Lunatic asylums Punjab 1881-1894 - 1881-1894
Year: 1881
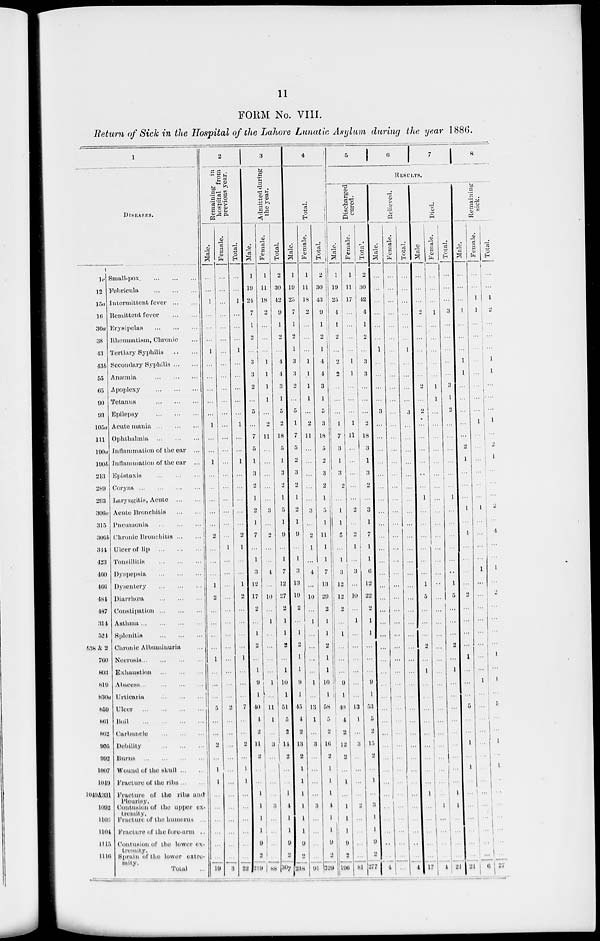
11
FORM No. VIII.
Return of Sick in the Hospital of the Lahore Lunatic Asylum during the year 1886.
1
DISEASES.
1c
12
15a
16
30a
38
43
43b
55
65
90
93
105a
111
190a
190b
213
289
293
306a
315
306b
344
423
460
466
484
487
314
524
538 & 2
760
803
819
830a
859
861
862
905
992
1007
1049
1049 & 331
1092
1103
1104
1115
1116
Small-pox.
...
...
...
Febricula
...
...
...
Intermittent fever ... ...
Remittent fever
...
...
Erysipelas
...
...
...
Rheumatism, Chronic ...
Tertiary Syphilis
...
...
Secondary Syphilis ... ...
Anæmia
...
...
...
Apoplexy
...
...
...
Tetanus
...
...
...
Epilopsy
...
...
...
Acute mania ... ... ...
Ophthalmia
...
...
...
Inflammation of the ear ...
Inflammation of the ear ...
Epistaxis
...
...
...
Coryza
...
...
...
...
Laryngitis, Acute ... ...
Acute Bronchitis
...
...
Pnoumonia
...
...
...
Chronic Bronchitis ... ...
Ulcer of lip ... ... ...
Tonsillitis
...
...
...
Dyspopsia
...
...
...
Dysentery
...
...
...
Diarrhœa
...
...
...
Constipation ... ... ...
Asthma ... ... ... ...
Splenitis
...
...
...
Chronic Albuminuria ...
Nocrosis ... ... ... ...
Exhaustion
...
...
...
Abscess ... ... ... ...
Urticaria
...
...
...
Ulcer
...
...
...
...
Boil
...
...
...
...
Carbuncle
...
...
...
Debility
...
...
...
Burns
...
...
...
...
Wound of the skull ... ...
Fracture of the ribs ... ...
Fracture of the ribs and
Pleurisy.
Contusion of the upper ex-
tremity.
Fracture of the humerus ...
Fracture of the fore-arm ...
Contusion of the lower ex-
tremity.
Sprain of the lower extre-
mity.
Total ...
2
Remaining
in
hospital from
previous year.
Male.
...
...
1
...
...
...
1
...
...
...
...
...
1
...
...
1
...
...
...
...
...
2
...
...
...
1
2
...
...
...
...
1
...
...
...
5
...
...
2
...
1
1
...
...
...
...
...
...
19
Female.
...
...
...
...
...
...
...
...
...
...
...
...
...
...
...
...
...
...
...
...
...
...
1
...
...
...
...
...
...
...
...
...
...
...
...
2
...
...
...
...
...
...
...
...
...
...
...
...
3
Total.
...
...
1
...
...
...
1
...
...
...
...
...
1
...
...
1
...
...
...
...
...
2
1
...
...
1
2
...
...
...
...
1
...
...
...
7
...
...
2
...
1
1
...
...
...
...
...
...
22
3
Admitted during
the year.
Male.
1
19
24
7
1
2
...
3
3
2
...
5
...
7
5
1
3
2
1
2
1
7
...
1
3
12
17
2
...
1
2
...
1
9
1
40
4
2
11
2
...
...
1
1
1
1
9
2
219
Female.
1
11
18
2
...
...
...
1
1
1
1
...
2
11
...
...
...
...
...
3
...
2
...
...
4
...
10
...
1
...
...
...
...
1
...
11
1
...
3
...
...
...
...
3
...
...
...
...
88
Total.
2
30
42
9
1
2
...
4
4
3
1
5
2
18
5
1
3
2
1
5
1
9
...
1
7
12
27
2
1
1
2
...
1
10
1
51
5
2
14
2
...
...
1
4
1
1
9
2
307
4
Total.
Male.
1
19
25
7
1
2
1
3
3
2
...
5
1
7
5
2
3
2
1
2
1
9
...
1
3
13
10
2
...
1
2
1
1
9
1
45
4
2
13
2
1
1
1
1
1
1
9
2
238
Female.
1
11
18
2
...
...
...
1
1
1
1
...
2
11
...
...
...
...
...
3
...
2
1
...
4
...
10
...
1
...
...
...
...
1
...
13
1
...
3
...
...
...
...
3
...
...
...
...
91
Total.
2
30
43
9
1
2
1
4
4
3
1
5
3
18
5
2
3
2
1
5
1
11
1
1
7
13
20
2
1
1
2
1
1
10
1
58
5
2
16
2
1
1
1
4
1
1
9
2
329
5 6
7 8
RESULTS.
Discharged
cured.
Male.
1
19
25
4
1
2
...
2
2
...
...
...
1
7
3
1
3
2
...
1
1
5
...
1
3
12
12
2
...
1
...
...
...
9
1
40
4
2
12
2
...
1
...
1
1
1
9
2
196
Female.
1
11
17
...
...
...
...
1
1
...
...
...
1
11
...
...
...
...
...
2
...
2
1
...
3
...
10
...
1
...
...
...
...
...
...
13
1
...
3
...
...
...
...
2
...
...
...
...
81
Total.
2
30
42
4
1
2
...
3
3
...
...
...
2
18
3
1
3
2
...
3
1
7
1
1
6
12
22
2
1
1
...
...
...
9
1
53
5
2
15
2
...
1
...
3
1
1
9
2
277
Relieved.
Male.
...
...
...
...
...
...
1
...
...
...
...
3
...
...
...
...
...
...
...
...
...
...
...
...
...
...
...
...
...
...
...
...
...
...
...
...
...
...
...
...
...
...
...
...
...
...
...
...
4
Female.
...
...
...
...
...
...
...
...
...
...
...
...
...
...
...
...
...
...
...
...
...
...
...
...
...
...
...
...
...
...
...
...
...
...
...
...
...
...
...
...
...
...
...
...
...
...
...
...
...
Total.
...
...
...
...
...
...
1
...
...
...
...
3
...
...
...
...
...
...
...
...
...
...
...
...
...
...
...
...
...
...
...
...
...
...
...
...
...
...
...
...
...
...
...
...
...
...
...
...
4
Died.
Male
...
...
...
2
...
...
...
...
...
2
...
2
...
...
...
...
...
...
1
...
...
...
...
...
...
1
5
...
...
...
2
...
1
...
...
...
...
...
...
...
...
...
1
...
...
...
...
...
17
Female.
...
...
...
1
...
...
...
...
...
1
1
...
...
...
...
...
...
...
...
...
...
...
...
...
...
...
...
...
...
...
...
...
...
...
...
...
...
...
...
...
...
...
...
1
...
...
...
...
4
Total.
...
...
...
3
...
...
...
...
...
3
1
2
...
...
...
...
...
...
1
...
...
...
...
...
...
1
5
...
...
...
2
...
1
...
...
...
...
...
...
...
...
...
1
1
...
...
...
...
21
Remaining
sick.
Male.
...
...
...
1
...
...
...
1
1
...
...
...
...
...
2
1
...
...
...
1
...
4
...
...
...
...
2
...
...
...
...
1
...
...
...
5
...
...
1
...
1
...
...
...
...
...
...
...
21
Female.
...
...
1
1
...
...
...
...
...
...
...
...
1
...
...
...
...
...
...
1
...
...
...
...
1
...
...
...
...
...
...
...
...
1
...
...
...
...
...
...
...
...
...
...
...
...
...
...
6
Total.
...
...
1
2
...
...
...
1
1
...
...
...
1
...
2
1
...
...
...
2
...
4
...
...
1
...
2
...
...
...
...
1
...
1
...
5
...
...
1
...
1
...
...
...
...
...
...
...
27